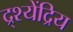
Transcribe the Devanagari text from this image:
द्र्श्येंद्रिय